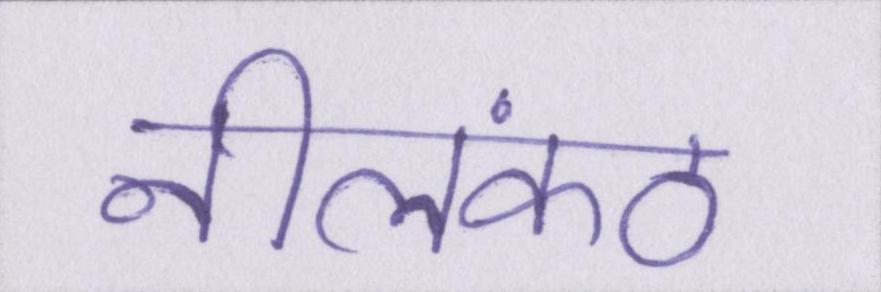
नीलकंठ